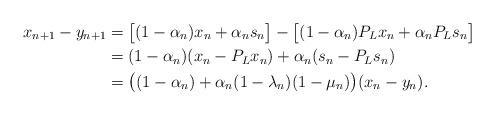
LaTeX: \begin{align*}x_{n+1} -y_{n+1} &=\big[(1-\alpha_n)x_n +\alpha_n s_n\big]-\big[(1-\alpha_n)P_Lx_n +\alpha_n P_Ls_n\big]\\&=(1-\alpha_n)(x_n -P_Lx_n) +\alpha_n(s_n -P_Ls_n)\\&=\big((1-\alpha_n) +\alpha_n(1-\lambda_n)(1-\mu_n)\big)(x_n -y_n).\end{align*}